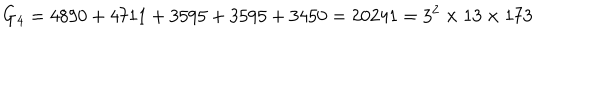
G _ { 4 } = 4 8 9 0 + 4 7 1 1 + 3 5 9 5 + 3 5 9 5 + 3 4 5 0 = 2 0 2 4 1 = 3 ^ { 2 } \times 1 3 \times 1 7 3